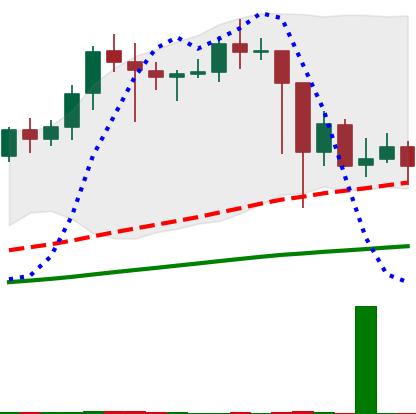
Ticker: LINK-USD
Chart end date: 2021-02-28
Forward return: 13.023%
Label: up_7plus